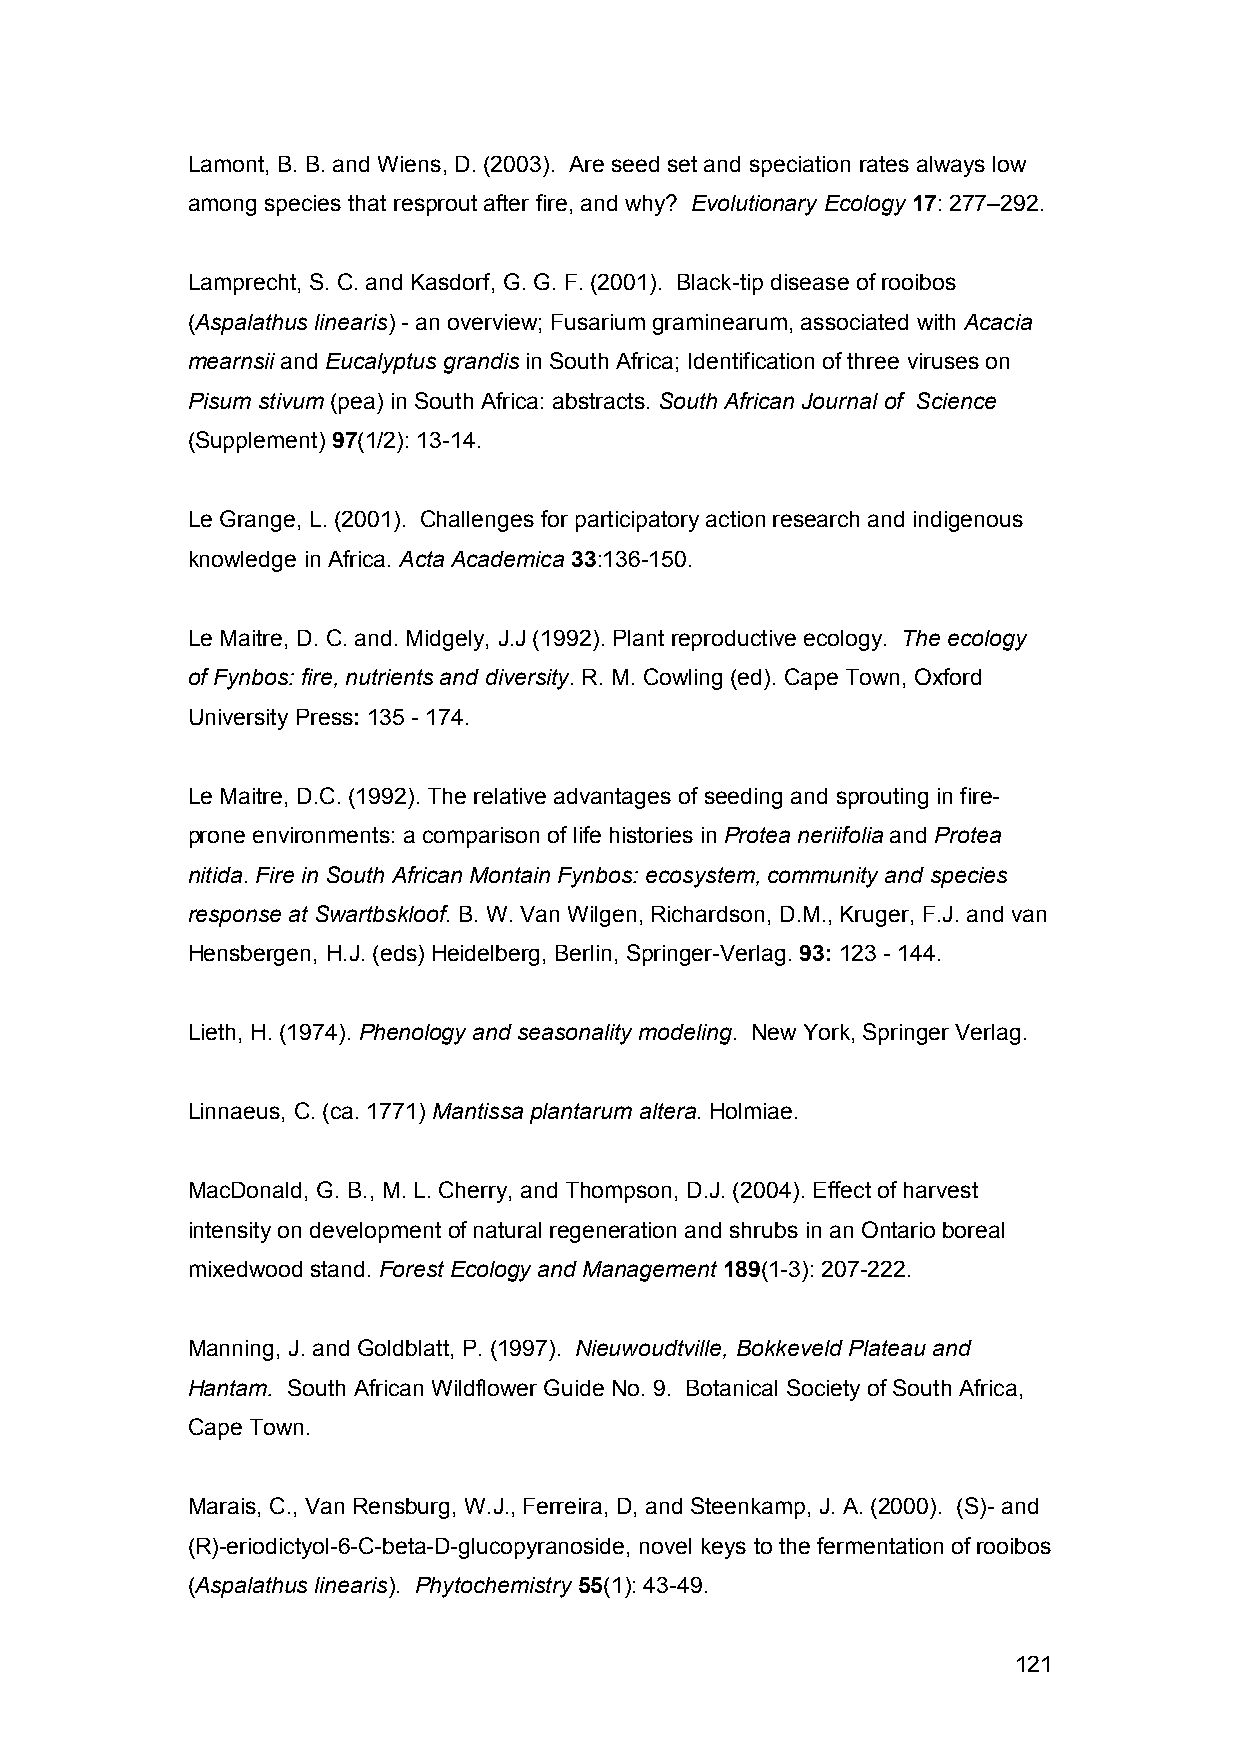
Lamont, B. B. and Wiens, D. (2003). Are seed set and speciation rates always low
 among species that resprout after fire, and why? Evolutionary Ecology 17: 277–292.
 Lamprecht, S. C. and Kasdorf, G. G. F. (2001). Black-tip disease of rooibos
 (Aspalathus linearis) - an overview; Fusarium graminearum, associated with Acacia
 mearnsii and Eucalyptus grandis in South Africa; Identification of three viruses on
 Pisum stivum (pea) in South Africa: abstracts. South African Journal of Science
 (Supplement) 97(1/2): 13-14.
 Le Grange, L. (2001). Challenges for participatory action research and indigenous
 knowledge in Africa. Acta Academica 33:136-150.
 Le Maitre, D. C. and. Midgely, J.J (1992). Plant reproductive ecology. The ecology
 of Fynbos: fire, nutrients and diversity. R. M. Cowling (ed). Cape Town, Oxford
 University Press: 135 - 174.
 Le Maitre, D.C. (1992). The relative advantages of seeding and sprouting in fire-
 prone environments: a comparison of life histories in Protea neriifolia and Protea
 nitida. Fire in South African Montain Fynbos: ecosystem, community and species
 response at Swartbskloof. B. W. Van Wilgen, Richardson, D.M., Kruger, F.J. and van
 Hensbergen, H.J. (eds) Heidelberg, Berlin, Springer-Verlag. 93: 123 - 144.
 Lieth, H. (1974). Phenology and seasonality modeling. New York, Springer Verlag.
 Linnaeus, C. (ca. 1771) Mantissa plantarum altera. Holmiae.
 MacDonald, G. B., M. L. Cherry, and Thompson, D.J. (2004). Effect of harvest
 intensity on development of natural regeneration and shrubs in an Ontario boreal
 mixedwood stand. Forest Ecology and Management 189(1-3): 207-222.
 Manning, J. and Goldblatt, P. (1997). Nieuwoudtville, Bokkeveld Plateau and
 Hantam. South African Wildflower Guide No. 9. Botanical Society of South Africa,
 Cape Town.
 Marais, C., Van Rensburg, W.J., Ferreira, D, and Steenkamp, J. A. (2000). (S)- and
 (R)-eriodictyol-6-C-beta-D-glucopyranoside, novel keys to the fermentation of rooibos
 (Aspalathus linearis). Phytochemistry 55(1): 43-49.
 121